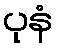
ပုနံ